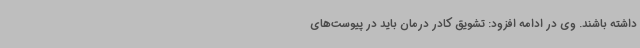
داشته باشند. وی در ادامه افزود: تشویق کادر درمان باید در پیوست‌های